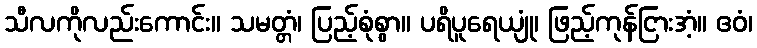
သီလကိုလည်းကောင်း။ သမတ္တံ၊ ပြည့်စုံစွာ။ ပရိပူရေယျုံ၊ ဖြည့်ကုန်ငြားအံ့။ ဧဝံ၊